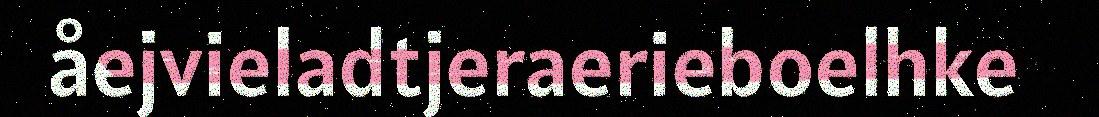
åejvieladtjeraerieboelhke